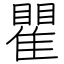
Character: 瞿